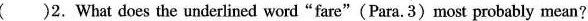
( )2.What does the underlined word“fare"(Para.3)most probably mean?